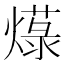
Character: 𱬓